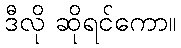
ဒီလို ဆိုရင်ကော။